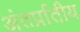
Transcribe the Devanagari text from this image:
अंतर्प्रातीय